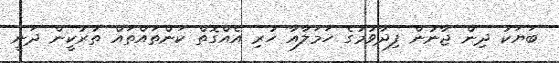
ބަޔަކު ދިން ޖާނުން ފިދާވުމުގެ ހަމަލާއާ ހުރި އެއްގޮތް ކަންތައްތައް ތުރުކީން ދަނީ